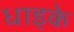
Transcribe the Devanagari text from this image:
धाइके